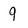
Character: 9